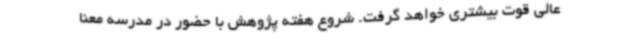
عالی قوت بیشتری خواهد گرفت. شروع هفته پژوهش با حضور در مدرسه معنا